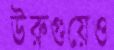
উরুগুয়েও